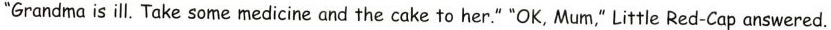
"Grandma is ill. Take some medicine and the cake to her." "OK, Mum," Little Red-Cap answered.